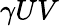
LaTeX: \gamma UV